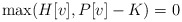
\begin{align*} \max(H[v],P[v]-K)=0\end{align*}